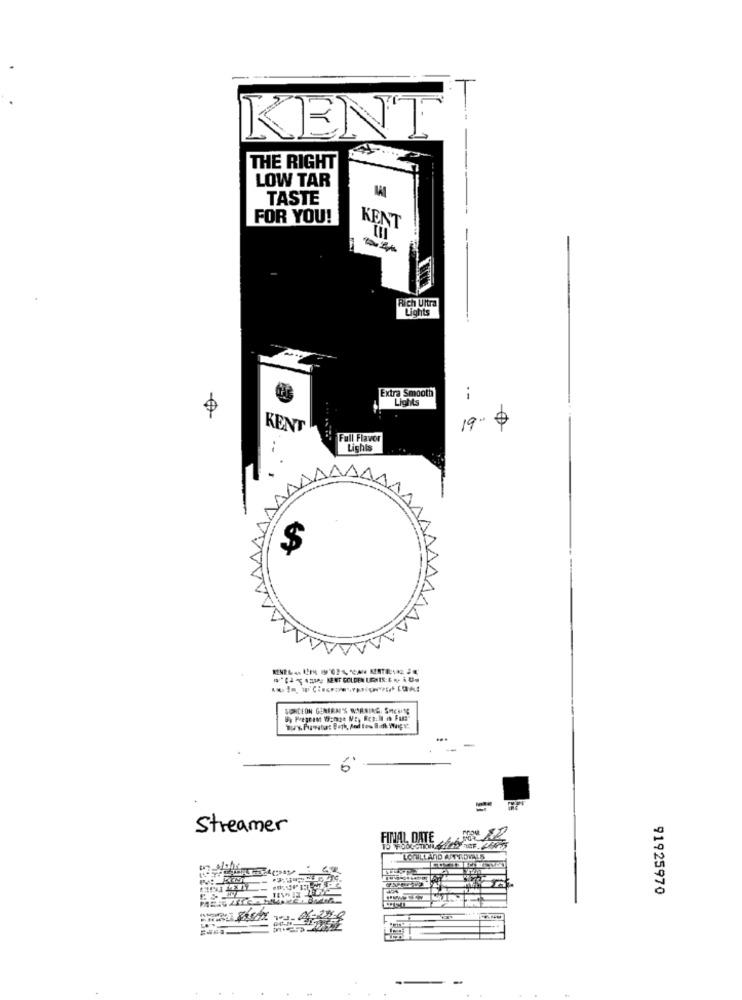
KENT
THE RIGHT
LOW TAR
TASTE
FOR YOU!
KENT
Rich Ultra
Lights
Extra Smooth
i
Lights
KENT
19
Full Flavor
Lights
$
SIPRCEON GENERAIS WARRING, SHEUNG
Streamer
FINAL DATE
LOULLAND APPROVALS
91925970